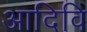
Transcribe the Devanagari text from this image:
आदिवि